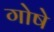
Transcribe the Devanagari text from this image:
गोषे